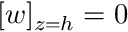
[ w ] _ { z = h } = 0